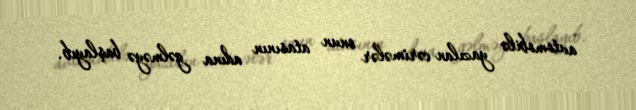
avtomobilə yazılan cərimələr onun atasının adına gəlməyə başlayıb.